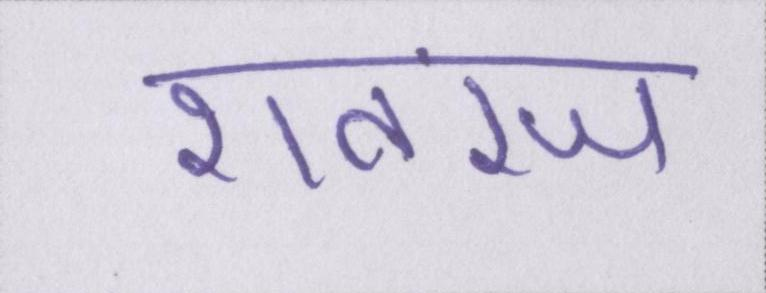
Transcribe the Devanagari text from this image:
शतरंज